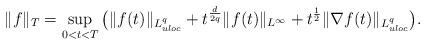
LaTeX: \begin{align*}\| f\|_T = \sup_{0<t<T} \big ( \| f (t) \|_{L^q_{uloc}} + t^\frac{d}{2q} \| f(t) \|_{L^\infty} + t^\frac12 \| \nabla f(t) \|_{L^q_{uloc}} \big ).\end{align*}